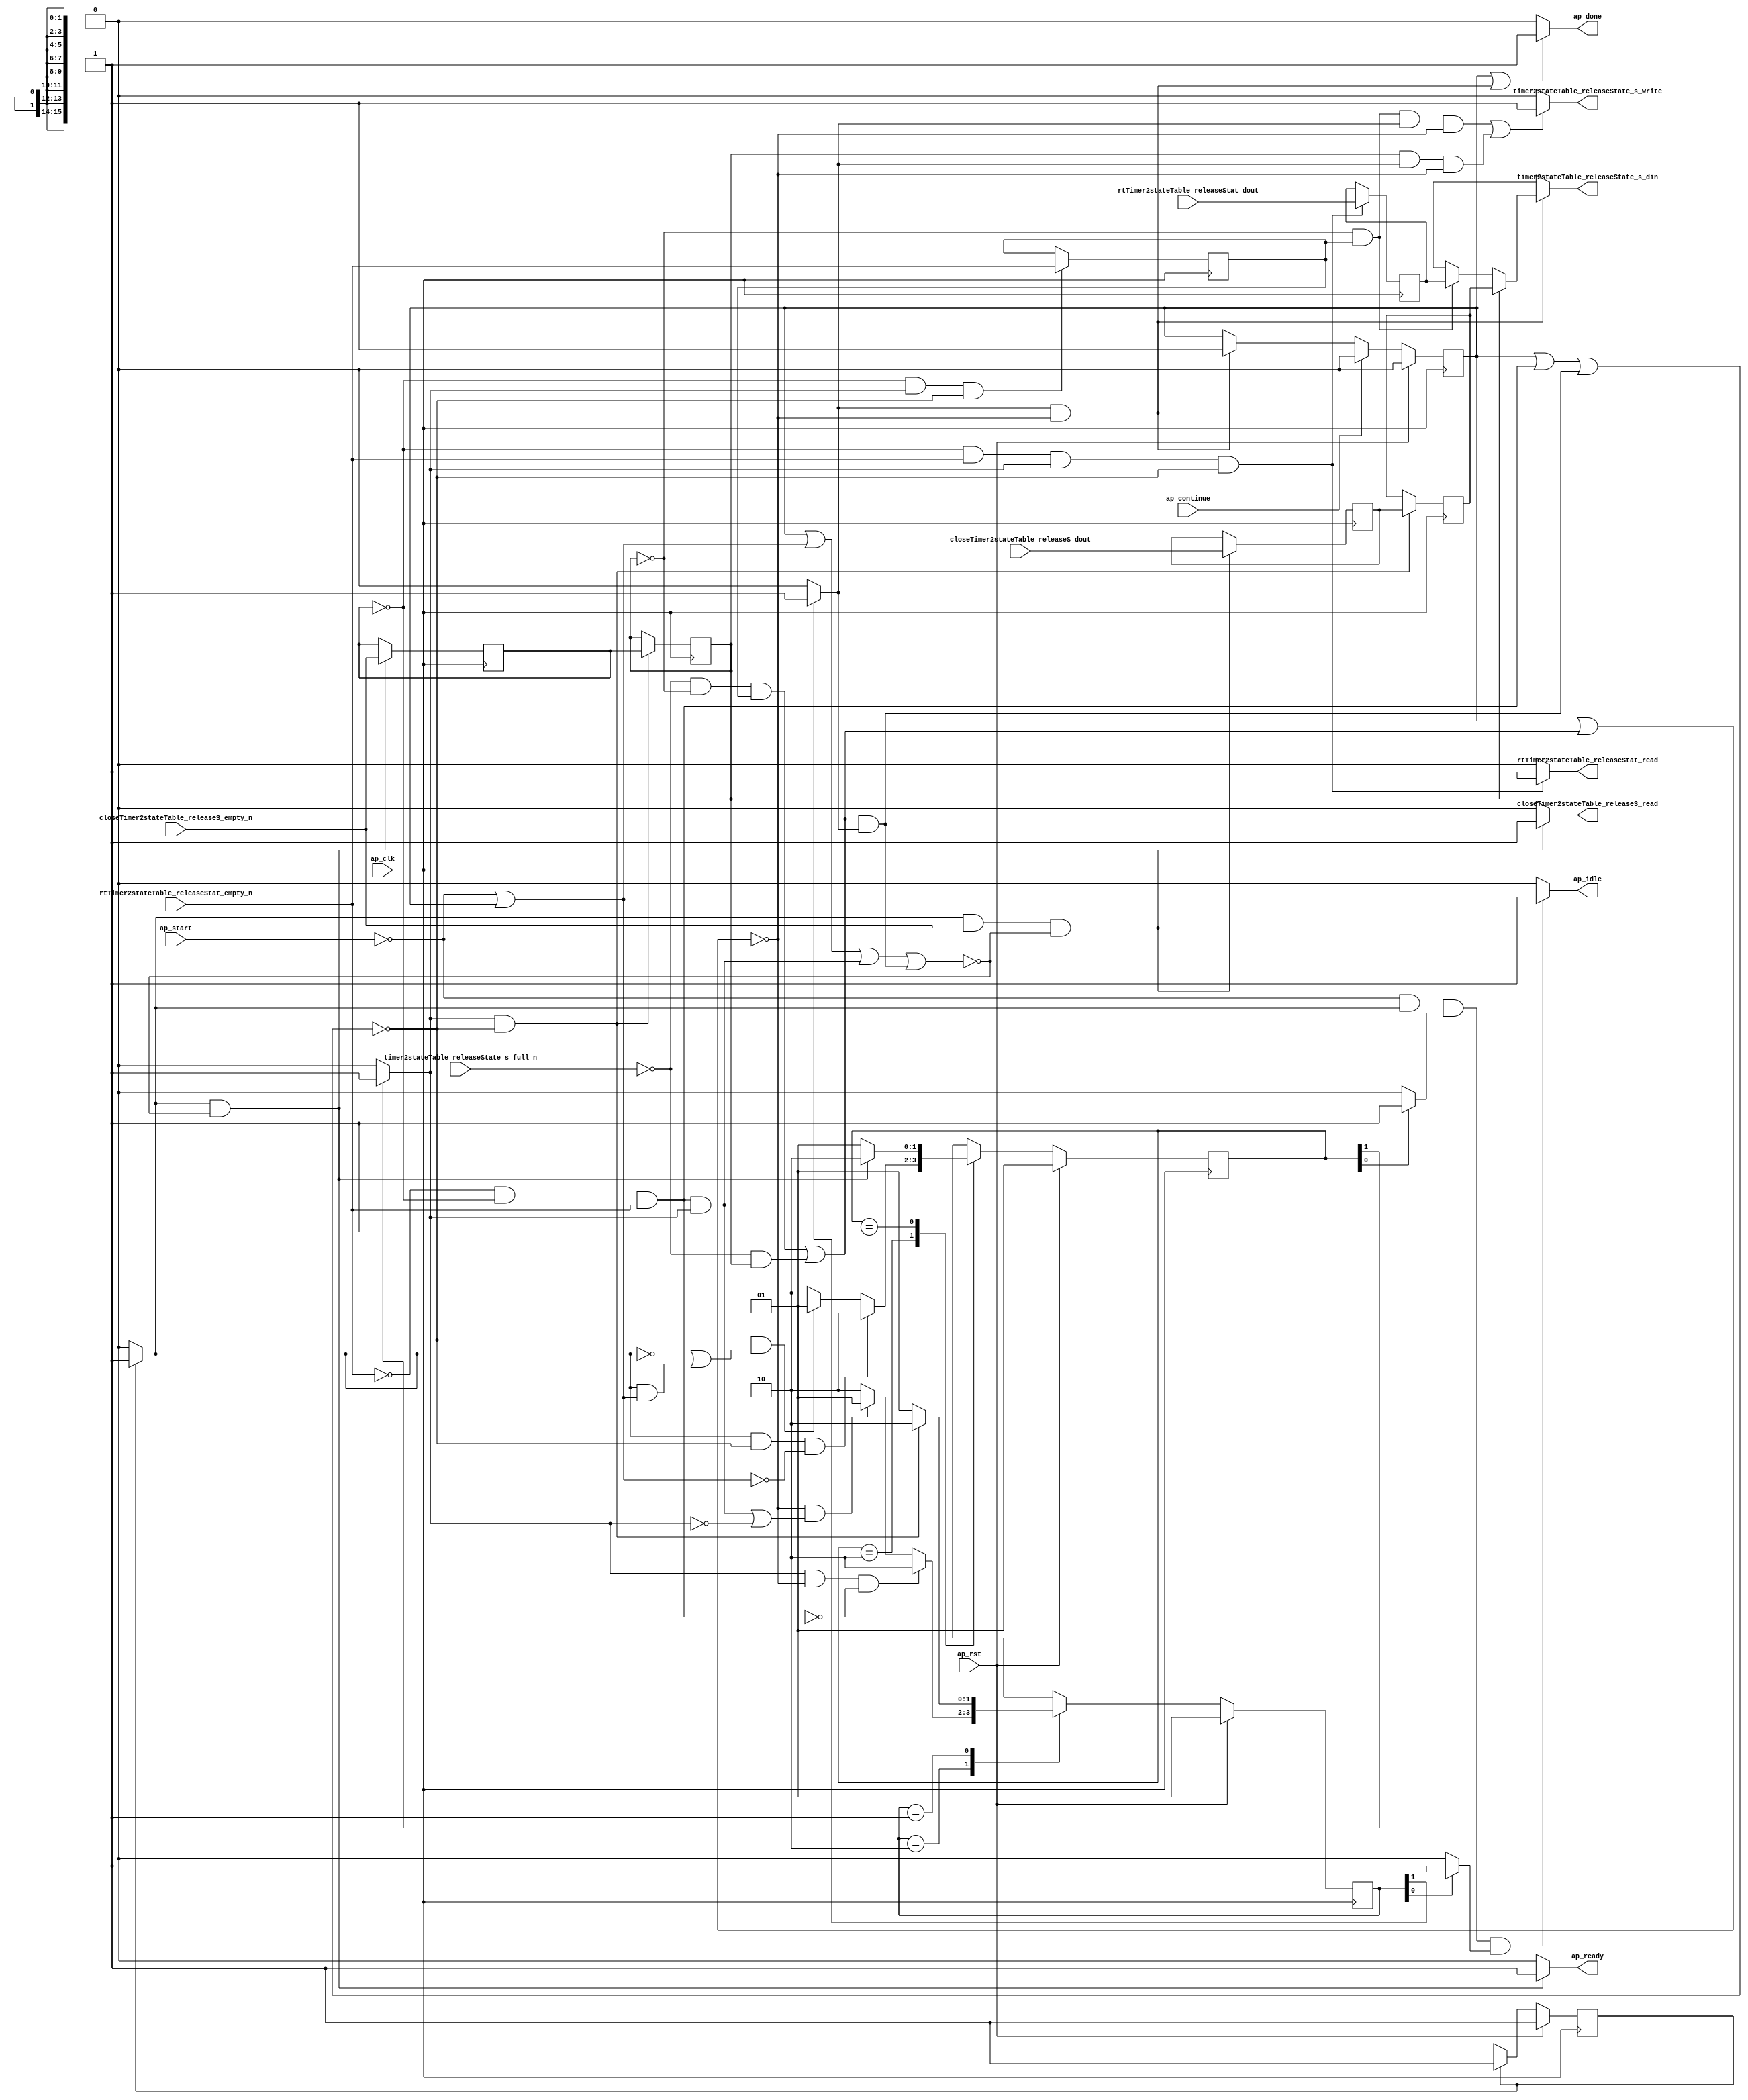
// This program was cloned from: https://github.com/mustafabbas/ECE1373_2016_hft_on_fpga
// License: MIT License

// ==============================================================
// RTL generated by Vivado(TM) HLS - High-Level Synthesis from C, C++ and SystemC
// Version: 2015.1
// Copyright (C) 2015 Xilinx Inc. All rights reserved.
// 
// ===========================================================

`timescale 1 ns / 1 ps 

module toe_mergeFunction_ap_uint_16_s (
        ap_clk,
        ap_rst,
        ap_start,
        ap_done,
        ap_continue,
        ap_idle,
        ap_ready,
        closeTimer2stateTable_releaseS_dout,
        closeTimer2stateTable_releaseS_empty_n,
        closeTimer2stateTable_releaseS_read,
        rtTimer2stateTable_releaseStat_dout,
        rtTimer2stateTable_releaseStat_empty_n,
        rtTimer2stateTable_releaseStat_read,
        timer2stateTable_releaseState_s_din,
        timer2stateTable_releaseState_s_full_n,
        timer2stateTable_releaseState_s_write
);

parameter    ap_const_logic_1 = 1'b1;
parameter    ap_const_logic_0 = 1'b0;
parameter    ap_ST_st1_fsm0_0 = 1'b1;
parameter    ap_ST_st2_fsm1_1 = 2'b10;
parameter    ap_ST_st3_fsm2_1 = 2'b10;
parameter    ap_ST_st0_fsm1_0 = 2'b1;
parameter    ap_ST_st0_fsm2_0 = 2'b1;
parameter    ap_const_lv32_0 = 32'b00000000000000000000000000000000;
parameter    ap_const_lv1_1 = 1'b1;
parameter    ap_const_lv1_0 = 1'b0;
parameter    ap_const_lv32_1 = 32'b1;
parameter    ap_true = 1'b1;

input   ap_clk;
input   ap_rst;
input   ap_start;
output   ap_done;
input   ap_continue;
output   ap_idle;
output   ap_ready;
input  [15:0] closeTimer2stateTable_releaseS_dout;
input   closeTimer2stateTable_releaseS_empty_n;
output   closeTimer2stateTable_releaseS_read;
input  [15:0] rtTimer2stateTable_releaseStat_dout;
input   rtTimer2stateTable_releaseStat_empty_n;
output   rtTimer2stateTable_releaseStat_read;
output  [15:0] timer2stateTable_releaseState_s_din;
input   timer2stateTable_releaseState_s_full_n;
output   timer2stateTable_releaseState_s_write;

reg ap_done;
reg ap_idle;
reg ap_ready;
reg closeTimer2stateTable_releaseS_read;
reg rtTimer2stateTable_releaseStat_read;
reg[15:0] timer2stateTable_releaseState_s_din;
reg timer2stateTable_releaseState_s_write;
reg    ap_done_reg = 1'b0;
(* fsm_encoding = "none" *) reg   [0:0] ap_CS_fsm0 = 1'b1;
reg    ap_sig_cseq_ST_st1_fsm0_0;
reg    ap_sig_bdd_26;
(* fsm_encoding = "none" *) reg   [1:0] ap_CS_fsm1 = 2'b1;
reg    ap_sig_cseq_ST_st0_fsm1_0;
reg    ap_sig_bdd_37;
(* fsm_encoding = "none" *) reg   [1:0] ap_CS_fsm2 = 2'b1;
reg    ap_sig_cseq_ST_st0_fsm2_0;
reg    ap_sig_bdd_45;
wire   [0:0] tmp_nbreadreq_fu_36_p3;
reg    ap_sig_bdd_63;
reg   [0:0] tmp_reg_72;
wire   [0:0] tmp_1_nbreadreq_fu_50_p3;
reg    ap_sig_bdd_77;
reg    ap_sig_cseq_ST_st2_fsm1_1;
reg    ap_sig_bdd_83;
reg   [0:0] ap_reg_ppstg_tmp_reg_72_pp0_it1;
reg   [0:0] tmp_1_reg_81;
reg    ap_sig_bdd_102;
reg    ap_sig_cseq_ST_st3_fsm2_1;
reg    ap_sig_bdd_107;
reg   [15:0] tmp_V_reg_76;
reg   [15:0] ap_reg_ppstg_tmp_V_reg_76_pp0_it1;
reg   [15:0] tmp_V_1_reg_85;
reg   [0:0] ap_NS_fsm0;
reg   [1:0] ap_NS_fsm1;
reg   [1:0] ap_NS_fsm2;
reg    ap_sig_bdd_98;
reg    ap_sig_bdd_139;




/// the current state (ap_CS_fsm0) of the state machine. ///
always @ (posedge ap_clk)
begin : ap_ret_ap_CS_fsm0
    if (ap_rst == 1'b1) begin
        ap_CS_fsm0 <= ap_ST_st1_fsm0_0;
    end else begin
        ap_CS_fsm0 <= ap_NS_fsm0;
    end
end

/// the current state (ap_CS_fsm1) of the state machine. ///
always @ (posedge ap_clk)
begin : ap_ret_ap_CS_fsm1
    if (ap_rst == 1'b1) begin
        ap_CS_fsm1 <= ap_ST_st0_fsm1_0;
    end else begin
        ap_CS_fsm1 <= ap_NS_fsm1;
    end
end

/// the current state (ap_CS_fsm2) of the state machine. ///
always @ (posedge ap_clk)
begin : ap_ret_ap_CS_fsm2
    if (ap_rst == 1'b1) begin
        ap_CS_fsm2 <= ap_ST_st0_fsm2_0;
    end else begin
        ap_CS_fsm2 <= ap_NS_fsm2;
    end
end

/// ap_done_reg assign process. ///
always @ (posedge ap_clk)
begin : ap_ret_ap_done_reg
    if (ap_rst == 1'b1) begin
        ap_done_reg <= ap_const_logic_0;
    end else begin
        if ((ap_const_logic_1 == ap_continue)) begin
            ap_done_reg <= ap_const_logic_0;
        end else if (((ap_const_logic_1 == ap_sig_cseq_ST_st3_fsm2_1) & ~((ap_done_reg == ap_const_logic_1) | ap_sig_bdd_102))) begin
            ap_done_reg <= ap_const_logic_1;
        end
    end
end

/// assign process. ///
always @(posedge ap_clk)
begin
    if (((ap_const_logic_1 == ap_sig_cseq_ST_st2_fsm1_1) & ~((ap_done_reg == ap_const_logic_1) | ap_sig_bdd_77 | (ap_sig_bdd_102 & (ap_const_logic_1 == ap_sig_cseq_ST_st3_fsm2_1))))) begin
        ap_reg_ppstg_tmp_V_reg_76_pp0_it1 <= tmp_V_reg_76;
        ap_reg_ppstg_tmp_reg_72_pp0_it1 <= tmp_reg_72;
    end
end

/// assign process. ///
always @(posedge ap_clk)
begin
    if (((ap_const_lv1_0 == tmp_reg_72) & (ap_const_logic_1 == ap_sig_cseq_ST_st2_fsm1_1) & ~((ap_done_reg == ap_const_logic_1) | ap_sig_bdd_77 | (ap_sig_bdd_102 & (ap_const_logic_1 == ap_sig_cseq_ST_st3_fsm2_1))))) begin
        tmp_1_reg_81 <= tmp_1_nbreadreq_fu_50_p3;
    end
end

/// assign process. ///
always @(posedge ap_clk)
begin
    if (((ap_const_lv1_0 == tmp_reg_72) & ~(ap_const_lv1_0 == tmp_1_nbreadreq_fu_50_p3) & (ap_const_logic_1 == ap_sig_cseq_ST_st2_fsm1_1) & ~((ap_done_reg == ap_const_logic_1) | ap_sig_bdd_77 | (ap_sig_bdd_102 & (ap_const_logic_1 == ap_sig_cseq_ST_st3_fsm2_1))))) begin
        tmp_V_1_reg_85 <= rtTimer2stateTable_releaseStat_dout;
    end
end

/// assign process. ///
always @(posedge ap_clk)
begin
    if (((ap_const_logic_1 == ap_sig_cseq_ST_st1_fsm0_0) & ~(tmp_nbreadreq_fu_36_p3 == ap_const_lv1_0) & ~((ap_done_reg == ap_const_logic_1) | ap_sig_bdd_63 | (ap_sig_bdd_77 & (ap_const_logic_1 == ap_sig_cseq_ST_st2_fsm1_1)) | (ap_sig_bdd_102 & (ap_const_logic_1 == ap_sig_cseq_ST_st3_fsm2_1))))) begin
        tmp_V_reg_76 <= closeTimer2stateTable_releaseS_dout;
    end
end

/// assign process. ///
always @(posedge ap_clk)
begin
    if (((ap_const_logic_1 == ap_sig_cseq_ST_st1_fsm0_0) & ~((ap_done_reg == ap_const_logic_1) | ap_sig_bdd_63 | (ap_sig_bdd_77 & (ap_const_logic_1 == ap_sig_cseq_ST_st2_fsm1_1)) | (ap_sig_bdd_102 & (ap_const_logic_1 == ap_sig_cseq_ST_st3_fsm2_1))))) begin
        tmp_reg_72 <= tmp_nbreadreq_fu_36_p3;
    end
end

/// ap_done assign process. ///
always @ (ap_done_reg or ap_sig_bdd_102 or ap_sig_cseq_ST_st3_fsm2_1)
begin
    if (((ap_const_logic_1 == ap_done_reg) | ((ap_const_logic_1 == ap_sig_cseq_ST_st3_fsm2_1) & ~((ap_done_reg == ap_const_logic_1) | ap_sig_bdd_102)))) begin
        ap_done = ap_const_logic_1;
    end else begin
        ap_done = ap_const_logic_0;
    end
end

/// ap_idle assign process. ///
always @ (ap_start or ap_sig_cseq_ST_st1_fsm0_0 or ap_sig_cseq_ST_st0_fsm1_0 or ap_sig_cseq_ST_st0_fsm2_0)
begin
    if ((~(ap_const_logic_1 == ap_start) & (ap_const_logic_1 == ap_sig_cseq_ST_st1_fsm0_0) & (ap_const_logic_1 == ap_sig_cseq_ST_st0_fsm1_0) & (ap_const_logic_1 == ap_sig_cseq_ST_st0_fsm2_0))) begin
        ap_idle = ap_const_logic_1;
    end else begin
        ap_idle = ap_const_logic_0;
    end
end

/// ap_ready assign process. ///
always @ (ap_done_reg or ap_sig_cseq_ST_st1_fsm0_0 or ap_sig_bdd_63 or ap_sig_bdd_77 or ap_sig_cseq_ST_st2_fsm1_1 or ap_sig_bdd_102 or ap_sig_cseq_ST_st3_fsm2_1)
begin
    if (((ap_const_logic_1 == ap_sig_cseq_ST_st1_fsm0_0) & ~((ap_done_reg == ap_const_logic_1) | ap_sig_bdd_63 | (ap_sig_bdd_77 & (ap_const_logic_1 == ap_sig_cseq_ST_st2_fsm1_1)) | (ap_sig_bdd_102 & (ap_const_logic_1 == ap_sig_cseq_ST_st3_fsm2_1))))) begin
        ap_ready = ap_const_logic_1;
    end else begin
        ap_ready = ap_const_logic_0;
    end
end

/// ap_sig_cseq_ST_st0_fsm1_0 assign process. ///
always @ (ap_sig_bdd_37)
begin
    if (ap_sig_bdd_37) begin
        ap_sig_cseq_ST_st0_fsm1_0 = ap_const_logic_1;
    end else begin
        ap_sig_cseq_ST_st0_fsm1_0 = ap_const_logic_0;
    end
end

/// ap_sig_cseq_ST_st0_fsm2_0 assign process. ///
always @ (ap_sig_bdd_45)
begin
    if (ap_sig_bdd_45) begin
        ap_sig_cseq_ST_st0_fsm2_0 = ap_const_logic_1;
    end else begin
        ap_sig_cseq_ST_st0_fsm2_0 = ap_const_logic_0;
    end
end

/// ap_sig_cseq_ST_st1_fsm0_0 assign process. ///
always @ (ap_sig_bdd_26)
begin
    if (ap_sig_bdd_26) begin
        ap_sig_cseq_ST_st1_fsm0_0 = ap_const_logic_1;
    end else begin
        ap_sig_cseq_ST_st1_fsm0_0 = ap_const_logic_0;
    end
end

/// ap_sig_cseq_ST_st2_fsm1_1 assign process. ///
always @ (ap_sig_bdd_83)
begin
    if (ap_sig_bdd_83) begin
        ap_sig_cseq_ST_st2_fsm1_1 = ap_const_logic_1;
    end else begin
        ap_sig_cseq_ST_st2_fsm1_1 = ap_const_logic_0;
    end
end

/// ap_sig_cseq_ST_st3_fsm2_1 assign process. ///
always @ (ap_sig_bdd_107)
begin
    if (ap_sig_bdd_107) begin
        ap_sig_cseq_ST_st3_fsm2_1 = ap_const_logic_1;
    end else begin
        ap_sig_cseq_ST_st3_fsm2_1 = ap_const_logic_0;
    end
end

/// closeTimer2stateTable_releaseS_read assign process. ///
always @ (ap_done_reg or ap_sig_cseq_ST_st1_fsm0_0 or tmp_nbreadreq_fu_36_p3 or ap_sig_bdd_63 or ap_sig_bdd_77 or ap_sig_cseq_ST_st2_fsm1_1 or ap_sig_bdd_102 or ap_sig_cseq_ST_st3_fsm2_1)
begin
    if (((ap_const_logic_1 == ap_sig_cseq_ST_st1_fsm0_0) & ~(tmp_nbreadreq_fu_36_p3 == ap_const_lv1_0) & ~((ap_done_reg == ap_const_logic_1) | ap_sig_bdd_63 | (ap_sig_bdd_77 & (ap_const_logic_1 == ap_sig_cseq_ST_st2_fsm1_1)) | (ap_sig_bdd_102 & (ap_const_logic_1 == ap_sig_cseq_ST_st3_fsm2_1))))) begin
        closeTimer2stateTable_releaseS_read = ap_const_logic_1;
    end else begin
        closeTimer2stateTable_releaseS_read = ap_const_logic_0;
    end
end

/// rtTimer2stateTable_releaseStat_read assign process. ///
always @ (ap_done_reg or tmp_reg_72 or tmp_1_nbreadreq_fu_50_p3 or ap_sig_bdd_77 or ap_sig_cseq_ST_st2_fsm1_1 or ap_sig_bdd_102 or ap_sig_cseq_ST_st3_fsm2_1)
begin
    if (((ap_const_lv1_0 == tmp_reg_72) & ~(ap_const_lv1_0 == tmp_1_nbreadreq_fu_50_p3) & (ap_const_logic_1 == ap_sig_cseq_ST_st2_fsm1_1) & ~((ap_done_reg == ap_const_logic_1) | ap_sig_bdd_77 | (ap_sig_bdd_102 & (ap_const_logic_1 == ap_sig_cseq_ST_st3_fsm2_1))))) begin
        rtTimer2stateTable_releaseStat_read = ap_const_logic_1;
    end else begin
        rtTimer2stateTable_releaseStat_read = ap_const_logic_0;
    end
end

/// timer2stateTable_releaseState_s_din assign process. ///
always @ (ap_reg_ppstg_tmp_reg_72_pp0_it1 or ap_reg_ppstg_tmp_V_reg_76_pp0_it1 or tmp_V_1_reg_85 or ap_sig_bdd_98 or ap_sig_bdd_139)
begin
    if (ap_sig_bdd_139) begin
        if (~(ap_const_lv1_0 == ap_reg_ppstg_tmp_reg_72_pp0_it1)) begin
            timer2stateTable_releaseState_s_din = ap_reg_ppstg_tmp_V_reg_76_pp0_it1;
        end else if (ap_sig_bdd_98) begin
            timer2stateTable_releaseState_s_din = tmp_V_1_reg_85;
        end else begin
            timer2stateTable_releaseState_s_din = 'bx;
        end
    end else begin
        timer2stateTable_releaseState_s_din = 'bx;
    end
end

/// timer2stateTable_releaseState_s_write assign process. ///
always @ (ap_done_reg or ap_reg_ppstg_tmp_reg_72_pp0_it1 or tmp_1_reg_81 or ap_sig_bdd_102 or ap_sig_cseq_ST_st3_fsm2_1)
begin
    if ((((ap_const_lv1_0 == ap_reg_ppstg_tmp_reg_72_pp0_it1) & ~(ap_const_lv1_0 == tmp_1_reg_81) & (ap_const_logic_1 == ap_sig_cseq_ST_st3_fsm2_1) & ~((ap_done_reg == ap_const_logic_1) | ap_sig_bdd_102)) | (~(ap_const_lv1_0 == ap_reg_ppstg_tmp_reg_72_pp0_it1) & (ap_const_logic_1 == ap_sig_cseq_ST_st3_fsm2_1) & ~((ap_done_reg == ap_const_logic_1) | ap_sig_bdd_102)))) begin
        timer2stateTable_releaseState_s_write = ap_const_logic_1;
    end else begin
        timer2stateTable_releaseState_s_write = ap_const_logic_0;
    end
end
/// the next state (ap_NS_fsm2) of the state machine. ///
always @ (ap_done_reg or ap_CS_fsm2 or ap_sig_bdd_77 or ap_sig_cseq_ST_st2_fsm1_1 or ap_sig_bdd_102 or ap_sig_cseq_ST_st3_fsm2_1)
begin
    case (ap_CS_fsm2)
        ap_ST_st3_fsm2_1 : 
        begin
            if (((ap_const_logic_1 == ap_sig_cseq_ST_st2_fsm1_1) & ~((ap_done_reg == ap_const_logic_1) | ap_sig_bdd_102) & ~ap_sig_bdd_77)) begin
                ap_NS_fsm2 = ap_ST_st3_fsm2_1;
            end else if ((~((ap_done_reg == ap_const_logic_1) | ap_sig_bdd_102) & ((ap_sig_bdd_77 & (ap_const_logic_1 == ap_sig_cseq_ST_st2_fsm1_1)) | ~(ap_const_logic_1 == ap_sig_cseq_ST_st2_fsm1_1)))) begin
                ap_NS_fsm2 = ap_ST_st0_fsm2_0;
            end else begin
                ap_NS_fsm2 = ap_ST_st3_fsm2_1;
            end
        end
        ap_ST_st0_fsm2_0 : 
        begin
            if (((ap_const_logic_1 == ap_sig_cseq_ST_st2_fsm1_1) & ~((ap_done_reg == ap_const_logic_1) | ap_sig_bdd_77 | (ap_sig_bdd_102 & (ap_const_logic_1 == ap_sig_cseq_ST_st3_fsm2_1))))) begin
                ap_NS_fsm2 = ap_ST_st3_fsm2_1;
            end else begin
                ap_NS_fsm2 = ap_ST_st0_fsm2_0;
            end
        end
        default : 
        begin
            ap_NS_fsm2 = 'bx;
        end
    endcase
end

/// the next state (ap_NS_fsm1) of the state machine. ///
always @ (ap_done_reg or ap_sig_cseq_ST_st1_fsm0_0 or ap_CS_fsm1 or ap_sig_bdd_63 or ap_sig_bdd_77 or ap_sig_cseq_ST_st2_fsm1_1 or ap_sig_bdd_102 or ap_sig_cseq_ST_st3_fsm2_1)
begin
    case (ap_CS_fsm1)
        ap_ST_st2_fsm1_1 : 
        begin
            if (((ap_const_logic_1 == ap_sig_cseq_ST_st1_fsm0_0) & ~((ap_done_reg == ap_const_logic_1) | ap_sig_bdd_77 | (ap_sig_bdd_102 & (ap_const_logic_1 == ap_sig_cseq_ST_st3_fsm2_1))) & ~ap_sig_bdd_63)) begin
                ap_NS_fsm1 = ap_ST_st2_fsm1_1;
            end else if ((~((ap_done_reg == ap_const_logic_1) | ap_sig_bdd_77 | (ap_sig_bdd_102 & (ap_const_logic_1 == ap_sig_cseq_ST_st3_fsm2_1))) & (~(ap_const_logic_1 == ap_sig_cseq_ST_st1_fsm0_0) | ((ap_const_logic_1 == ap_sig_cseq_ST_st1_fsm0_0) & ap_sig_bdd_63)))) begin
                ap_NS_fsm1 = ap_ST_st0_fsm1_0;
            end else begin
                ap_NS_fsm1 = ap_ST_st2_fsm1_1;
            end
        end
        ap_ST_st0_fsm1_0 : 
        begin
            if (((ap_const_logic_1 == ap_sig_cseq_ST_st1_fsm0_0) & ~((ap_done_reg == ap_const_logic_1) | ap_sig_bdd_63 | (ap_sig_bdd_77 & (ap_const_logic_1 == ap_sig_cseq_ST_st2_fsm1_1)) | (ap_sig_bdd_102 & (ap_const_logic_1 == ap_sig_cseq_ST_st3_fsm2_1))))) begin
                ap_NS_fsm1 = ap_ST_st2_fsm1_1;
            end else begin
                ap_NS_fsm1 = ap_ST_st0_fsm1_0;
            end
        end
        default : 
        begin
            ap_NS_fsm1 = 'bx;
        end
    endcase
end

/// the next state (ap_NS_fsm0) of the state machine. ///
always @ (ap_done_reg or ap_CS_fsm0 or ap_sig_bdd_63 or ap_sig_bdd_77 or ap_sig_cseq_ST_st2_fsm1_1 or ap_sig_bdd_102 or ap_sig_cseq_ST_st3_fsm2_1)
begin
    case (ap_CS_fsm0)
        ap_ST_st1_fsm0_0 : 
        begin
            ap_NS_fsm0 = ap_ST_st1_fsm0_0;
        end
        default : 
        begin
            ap_NS_fsm0 = 'bx;
        end
    endcase
end


/// ap_sig_bdd_102 assign process. ///
always @ (timer2stateTable_releaseState_s_full_n or ap_reg_ppstg_tmp_reg_72_pp0_it1 or tmp_1_reg_81)
begin
    ap_sig_bdd_102 = (((timer2stateTable_releaseState_s_full_n == ap_const_logic_0) & (ap_const_lv1_0 == ap_reg_ppstg_tmp_reg_72_pp0_it1) & ~(ap_const_lv1_0 == tmp_1_reg_81)) | ((timer2stateTable_releaseState_s_full_n == ap_const_logic_0) & ~(ap_const_lv1_0 == ap_reg_ppstg_tmp_reg_72_pp0_it1)));
end

/// ap_sig_bdd_107 assign process. ///
always @ (ap_CS_fsm2)
begin
    ap_sig_bdd_107 = (ap_const_lv1_1 == ap_CS_fsm2[ap_const_lv32_1]);
end

/// ap_sig_bdd_139 assign process. ///
always @ (ap_done_reg or ap_sig_bdd_102 or ap_sig_cseq_ST_st3_fsm2_1)
begin
    ap_sig_bdd_139 = ((ap_const_logic_1 == ap_sig_cseq_ST_st3_fsm2_1) & ~((ap_done_reg == ap_const_logic_1) | ap_sig_bdd_102));
end

/// ap_sig_bdd_26 assign process. ///
always @ (ap_CS_fsm0)
begin
    ap_sig_bdd_26 = (ap_CS_fsm0[ap_const_lv32_0] == ap_const_lv1_1);
end

/// ap_sig_bdd_37 assign process. ///
always @ (ap_CS_fsm1)
begin
    ap_sig_bdd_37 = (ap_const_lv1_1 == ap_CS_fsm1[ap_const_lv32_0]);
end

/// ap_sig_bdd_45 assign process. ///
always @ (ap_CS_fsm2)
begin
    ap_sig_bdd_45 = (ap_const_lv1_1 == ap_CS_fsm2[ap_const_lv32_0]);
end

/// ap_sig_bdd_63 assign process. ///
always @ (ap_start or ap_done_reg or closeTimer2stateTable_releaseS_empty_n or tmp_nbreadreq_fu_36_p3)
begin
    ap_sig_bdd_63 = (((closeTimer2stateTable_releaseS_empty_n == ap_const_logic_0) & ~(tmp_nbreadreq_fu_36_p3 == ap_const_lv1_0)) | (ap_start == ap_const_logic_0) | (ap_done_reg == ap_const_logic_1));
end

/// ap_sig_bdd_77 assign process. ///
always @ (rtTimer2stateTable_releaseStat_empty_n or tmp_reg_72 or tmp_1_nbreadreq_fu_50_p3)
begin
    ap_sig_bdd_77 = ((rtTimer2stateTable_releaseStat_empty_n == ap_const_logic_0) & (ap_const_lv1_0 == tmp_reg_72) & ~(ap_const_lv1_0 == tmp_1_nbreadreq_fu_50_p3));
end

/// ap_sig_bdd_83 assign process. ///
always @ (ap_CS_fsm1)
begin
    ap_sig_bdd_83 = (ap_const_lv1_1 == ap_CS_fsm1[ap_const_lv32_1]);
end

/// ap_sig_bdd_98 assign process. ///
always @ (ap_reg_ppstg_tmp_reg_72_pp0_it1 or tmp_1_reg_81)
begin
    ap_sig_bdd_98 = ((ap_const_lv1_0 == ap_reg_ppstg_tmp_reg_72_pp0_it1) & ~(ap_const_lv1_0 == tmp_1_reg_81));
end
assign tmp_1_nbreadreq_fu_50_p3 = rtTimer2stateTable_releaseStat_empty_n;
assign tmp_nbreadreq_fu_36_p3 = closeTimer2stateTable_releaseS_empty_n;


endmodule //toe_mergeFunction_ap_uint_16_s